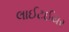
લાઈટઈયર